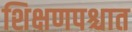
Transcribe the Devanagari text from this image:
शिक्षणपश्चात